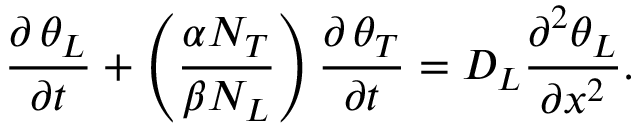
\frac { \partial \, { { \theta } _ { L } } } { \partial t } + \left( \frac { \alpha { { N } _ { T } } } { \beta { { N } _ { L } } } \right) \frac { \partial \, { { \theta } _ { T } } } { \partial t } = { { D } _ { L } } \frac { { { \partial } ^ { 2 } } { { \theta } _ { L } } } { \partial { { x } ^ { 2 } } } .